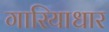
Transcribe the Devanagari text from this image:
गारियाधार